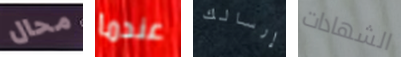
محال عندما إرسالك الشهادات